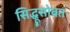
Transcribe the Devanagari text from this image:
सिद्धूसोबत